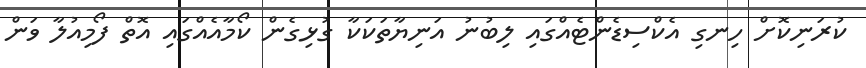
ކުރަނިކޮށް ހިނގި އެކްސިޑެންޓެއްގައި ލިބުނު އަނިޔާތަކަކާ ގުޅިގެން ކޯމާއެއްގައި އޮތް ފޯމިއުލާ ވަން